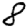
Digit: 8